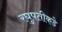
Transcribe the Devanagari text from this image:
रघुपतीकडे